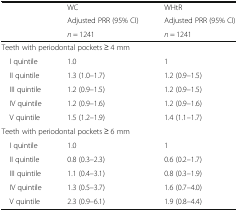
|  | WC | WHtR |
 |  | Adjusted PRR (95% CI) | Adjusted PRR (95% CI) |
 |  | n = 1241 | n = 1241 |
 | --- | --- | --- |
 | <COLSPAN=3> Teeth with periodontal pockets ≥ 4 mm |
 | I quintile | 1.0 | 1 |
 | II quintile | 1.3 (1.0–1.7) | 1.2 (0.9–1.5) |
 | III quintile | 1.2 (0.9–1.5) | 1.2 (0.9–1.5) |
 | IV quintile | 1.2 (0.9–1.6) | 1.2 (0.9–1.6) |
 | V quintile | 1.5 (1.2–1.9) | 1.4 (1.1–1.7) |
 | <COLSPAN=3> Teeth with periodontal pockets ≥ 6 mm |
 | I quintile | 1.0 | 1 |
 | II quintile | 0.8 (0.3–2.3) | 0.6 (0.2–1.7) |
 | III quintile | 1.1 (0.4–3.1) | 0.8 (0.3–1.9) |
 | IV quintile | 1.3 (0.5–3.7) | 1.6 (0.7–4.0) |
 | V quintile | 2.3 (0.9–6.1) | 1.9 (0.8–4.4) |